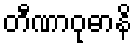
တီဏာဝုဓာနိ